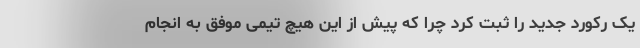
یک رکورد جدید را ثبت کرد چرا که پیش از این هیچ تیمی موفق به انجام